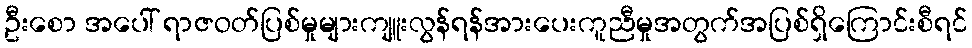
ဦးစော အပေါ် ရာဇဝတ်ပြစ်မှုများကျူးလွန်ရန်အားပေးကူညီမှုအတွက်အပြစ်ရှိကြောင်းစီရင်